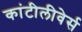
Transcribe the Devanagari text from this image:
कांटीलीवेर्स